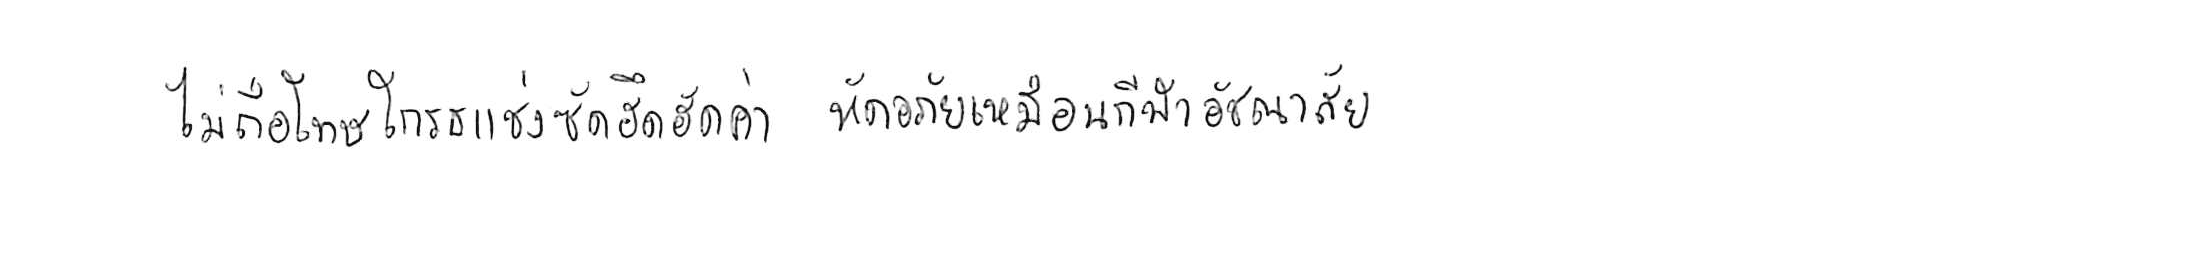
ไม่ถือโทษโกรธแช่งซัดฮึดฮัดด่า หัดอภัยเหมือนกีฬาอัชฌาสัย